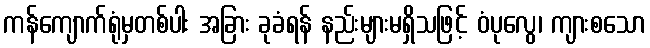
ကန်ကျောက်ရုံမှတစ်ပါး အခြား ခုခံရန် နည်းများမရှိသဖြင့် ဝံပုလွေ၊ ကျားစသော